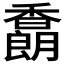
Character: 𩡜